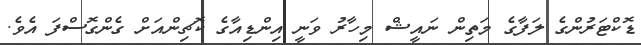
ޑޮކްޓަރުންގެ ލަފާގެ މަތިން ނައީޝް މިހާރު ވަނީ އިންޑިއާގެ ކޮޗިންއަށް ގެންގޮސްފަ އެވެ.